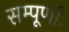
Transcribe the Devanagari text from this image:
सम्पूर्णाः